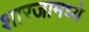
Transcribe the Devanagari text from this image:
शारजामध्ये